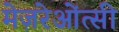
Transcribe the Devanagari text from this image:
मेज़रेओंत्सी